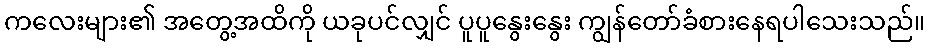
ကလေးများ၏ အတွေ့အထိကို ယခုပင်လျှင် ပူပူနွေးနွေး ကျွန်တော်ခံစားနေရပါသေးသည်။